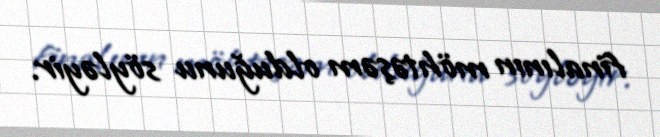
finalının möhtəşəm olduğunu söyləyir.